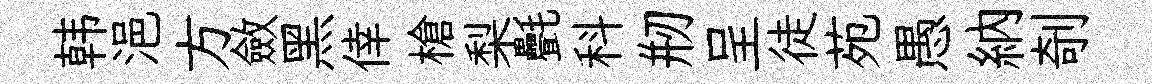
韩浥方斂黑倖槍梨㲲科剏呈徒苑愚納剞